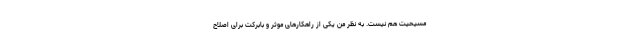
مسیحیت هم نیست. به نظر من یکی از راهکارهای موثر و بابرکت برای اصلاح